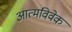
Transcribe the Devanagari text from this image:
आत्मविवेक